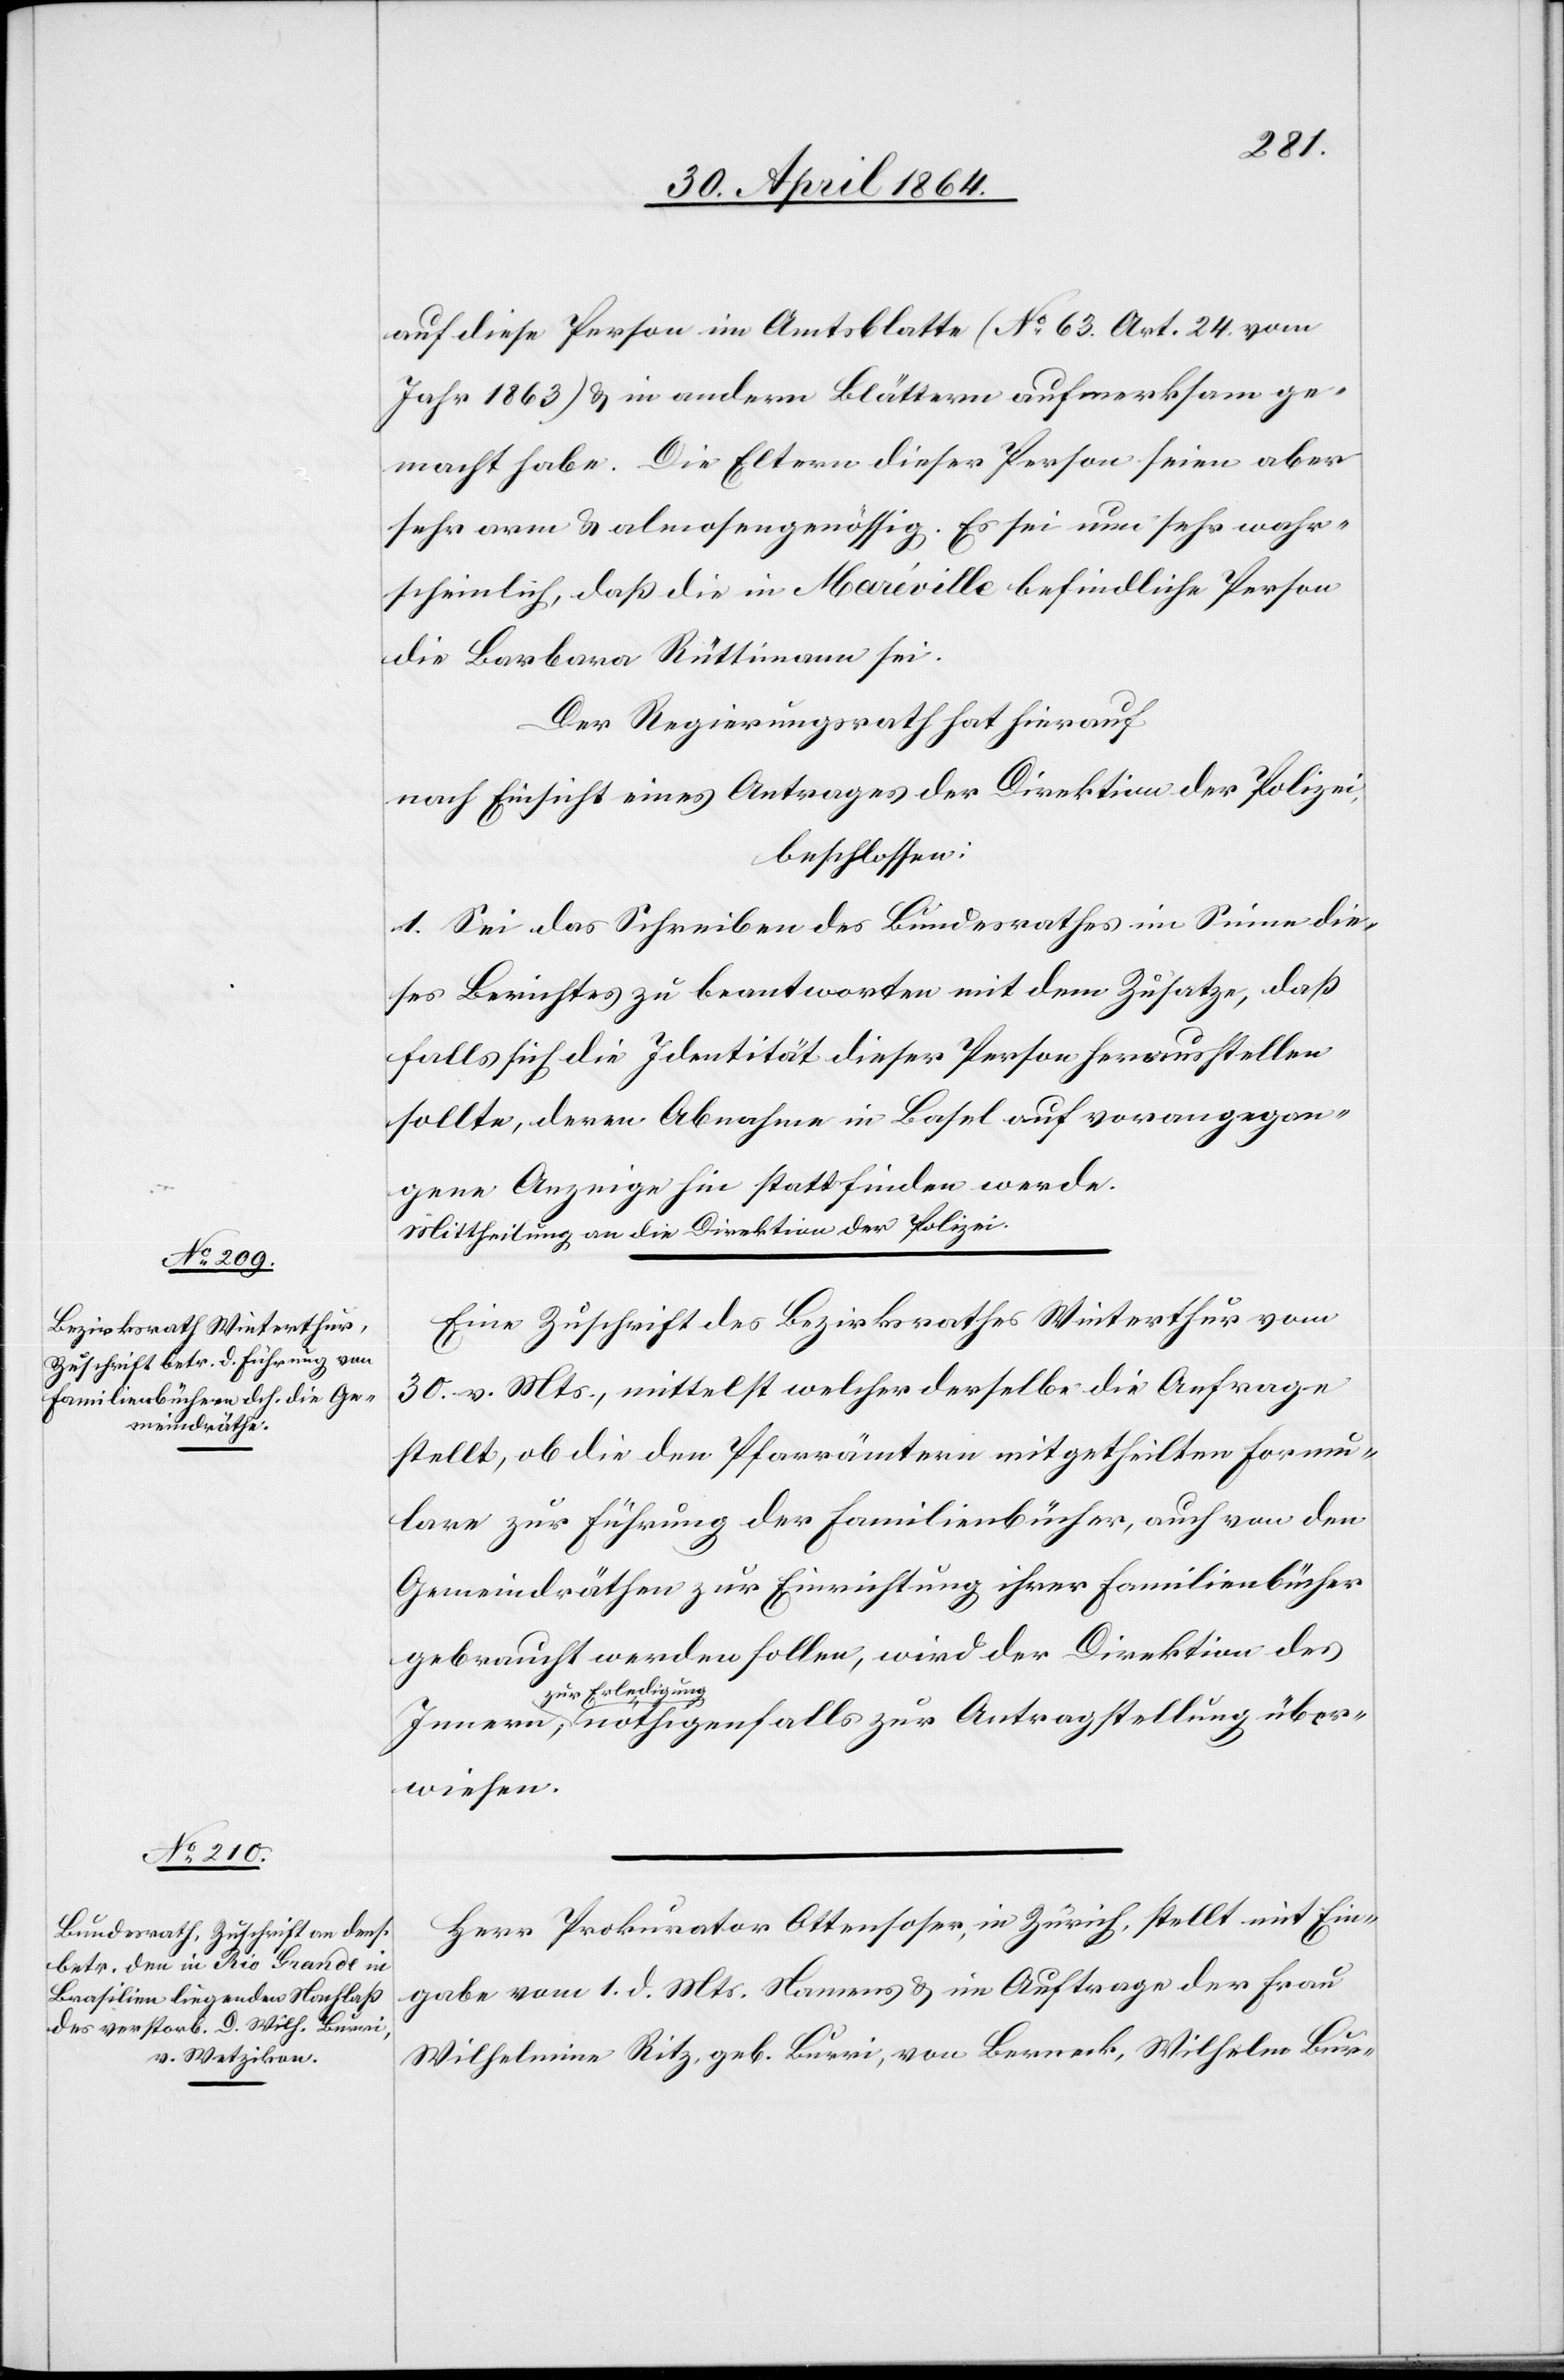
über¬
3. Mai 1864.]
auf diese Person im Amtsblatte (No 63. Art. 24. vom
Jahr 1863) u. in andern Blättern aufmerksam ge¬
macht habe. Die Eltern dieser Person seien aber
sehr arm u. almosengenössig. Es sei nun sehr wahr¬
scheinlich, daß die in Maréville befindliche Person
die Barbara Rüttimann sei.
Der Regierungsrath hat hierauf
nach Einsicht eines Antrages der Direktion der Polizei,
beschlossen:
1. Sei das Schreiben des Bundesrathes im Sinne die¬
ses Berichtes zu beantworten mit dem Zusatze, daß
falls sich die Identität dieser Person herausstellen
sollte, deren Abnahme in Basel auf vorangegan¬
gene Anzeige hin stattfinden werde.
Mittheilung an die Direktion der Polizei.
Eine Zuschrift des Bezirksrathes Winterthur vom
30. v. Mts., mittelst welcher derselbe die Anfrage
stellt, ob die den Pfarrämtern mitgetheilten Formu¬
lare zur Führung der Familienbücher, auch von den
Gemeindräthen zur Einrichtung ihrer Familienbücher
gebraucht werden sollen, wird der Direktion des
zu Erledigung
wiesen.
Herr Prokurator Ottensoser, in Zürich, stellt mit Ein¬
gabe vom 1. d. Mts. Namens u. im Auftrage der Frau
Wilhelmina Ritz, geb. Burri, von Berneck, Wilhelm Bur-